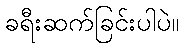
ခရီးဆက်ခြင်းပါပဲ။